Medical and sanitary report of the native army of Bengal for the year
Year: 1875
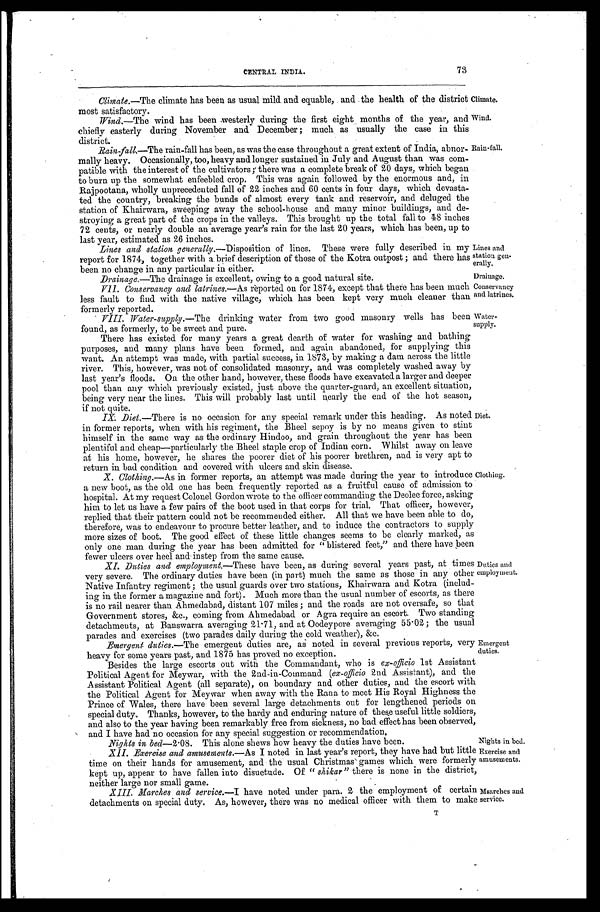
CENTRAL INDIA.
73
Climate.
Climate.—The climate has been as usual mild and equable, and the health of the district
most satisfactory.
W i n d .
Wi nd. — T h e w i n d h a s b e e n w e s t e r l y d u r i n g t h e f i r s t e i g h t m o n t h s o f t h e y e a r , a n d
chiefly easterly during November and December; much as usually the case in this
district.
R a i n - f a l l .
Rain-fall.—The rain-fall has been, as was the case throughout a great extent of India, abnor
-mally heavy. Occasionally, too, heavy and longer sustained in July and August than was com
-patible with the interest of the cultivators; there was a complete break of 20 days, which began
to burn up the somewhat enfeebled crop. This was again followed by the enormous and, in
Rajpootana, wholly unprecedented fall of 22 inches and 60 cents in four days, which devasta
-ted the country, breaking the bunds of almost every tank and reservoir, and deluged the
station of Khairwara, sweeping away the school-house and many minor buildings, and de
-stroying a great part of the crops in the valleys. This brought up the total fall to 48 inches
72 cents, or nearly double an average year's rain for the last 20 years, which has been, up to
last year, estimated as 26 inches.
Lines and
s t a t i o n g e n -
erally.
Lines and station generally.— Disposition of lines. These were fully described in my
report for 1874, together with a brief description of those of the Kotra outpost; and there has
been no change in any particular in either.
Drainage.
Drainage. –The drainage is excellent, owing to a good natural site.
Conservancy
and latrines.
VII. Conservancy and latrines.—As reported on for 1874, except that there has been much
less fault to find with the native village, which has been kept very much cleaner than
formerly reported.
W a t e r -
supply.
VIII. Water-supply. —The drinking water from two good masonry wells has been
found, as formerly, to be sweet and pure.
There has existed for many years a great dearth of water for washing and bathing
purposes, and many plans have been formed, and again abandoned, for supplying this
want. An attempt was made, with partial success, in 1873, by making a dam across the little
river. This, however, was not of consolidated masonry, and was completely washed away by
last year's floods. On the other hand, however, these floods have excavated a larger and deeper
pool than any which previously existed, just above the quarter-guard, an excellent situation,
being very near the lines. This will probably last until nearly the end of the hot season,
if not quite.
Diet.
IX. Diet.—There is no occasion for any special remark under this heading. As noted
in former reports, when with his regiment, the Bheel sepoy is by no means given to stint
himself in the same way as the ordinary Hindoo, and grain throughout the year has been
plentiful and cheap—particularly the Bheel staple crop of Indian corn. Whilst away on leave
at his home, however, he shares the poorer diet of his poorer brethren, and is very apt to
return in bad condition and covered with ulcers and skin disease.
Clothing.
X. Clothing.—As in former reports, an attempt was made during the year to introduce
a new boot, as the old one has been frequently reported as a fruitful cause of admission to
hospital. At my request Colonel Gordon wrote to the officer commanding the Deolee force, asking
him to let us have a few pairs of the boot used in that corps for trial. That officer, however,
replied that their pattern could not be recommended either. All that we have been able to do,
therefore, was to endeavour to procure better leather, and to induce the contractors to supply
more sizes of boot. The good effect of these little changes seems to be clearly marked, as
only one man during the year has been admitted for "blistered feet," and there have been
fewer ulcers over heel and instep from the same cause.
Duties and
employment.
XI. Duties and employment.—These have been, as during several years past, at times
very severe. The ordinary duties have been (in part) much the same as those in any other
Native Infantry regiment; the usual guards over two stations, Khairwara and Kotra (includ
-ing in the former a magazine and fort). Much more than the usual number of escorts, as there
is no rail nearer than Ahmedabad, distant 107 miles; and the roads are not oversafe, so that
Government stores, &c., coming from Ahmedabad or Agra require an escort. Two standing
detachments, at Banswarra averaging 21.71, and at Oodeypore averaging 55.02; the usual
parades and exercises (two parades daily during the cold weather), &c.
Emergent
duties.
Emergent duties.—The emergent duties are, as noted in several previous reports, very
heavy for some years past, and 1875 has proved no exception.
Besides the large escorts out with the Commandant, who is ex-officio 1st Assistant
Political Agent for Meywar, with the 2nd-in-Command (ex-officio 2nd Assistant), and the
Assistant Political Agent (all separate), on boundary and other duties, and the escort with
the Political Agent for Meywar when away with the Rana to meet His Royal Highness the
Prince of Wales, there have been several large detachments out for lengthened periods on
special duty. Thanks, however, to the hardy and enduring nature of these useful little soldiers,
and also to the year having been remarkably free from sickness, no bad effect has been observed,
and I have had no occasion for any special suggestion or recommendation.
Nights in bed—2.08. This alone shews how heavy the duties have been.
Exercise and
amusements.
XII. Exercise and amusements.—As I noted in last year's report, they have had but little
time on their hands for amusement, and the usual Christmas games which were formerly
kept up, appear to have fallen into disuetude. Of " shikar" there is none in the district,
neither large nor small game.
Msarches
and
service.
XIII. Marches and service. —I have noted under para. 2 the employment of certain
detachments on special duty. As, however, there was no medical officer with them to makeWind.
Nights in bed. T